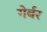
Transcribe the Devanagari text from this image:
गेर्बर